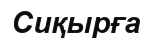
Сиқырға